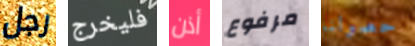
رجل فليخرج أذن مرفوع حصولنا